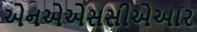
એનએએસસીએઆર